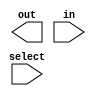
module generator_decoder (out, in, select);

  input in;
  input [0:1] select;
  output [0:3] out;

  assign out[select] = in;

endmodule